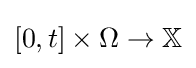
[0,t]\times \Omega \to \mathbb {X}